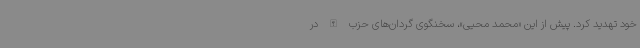
خود تهدید کرد. پیش از این «محمد محیی»، سخنگوی گردان‌های حزب الله در